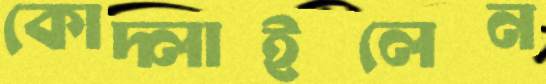
কোদ্‌লাইলেন